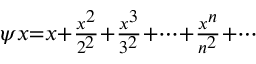
\scriptstyle \psi x = x + { \frac { x ^ { 2 } } { 2 ^ { 2 } } } + { \frac { x ^ { 3 } } { 3 ^ { 2 } } } + \cdots + { \frac { x ^ { n } } { n ^ { 2 } } } + \cdots